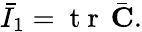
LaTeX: \bar{I}_{1}=\mathrm{~t~r~}\, \bar{\mathbf{C}}.